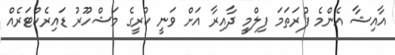
އާއިޝާ އެންމެ ފުރަތަމަ ފިލްމީ ދާއިރާ އަށް ވަނީ ކުރީގެ މަޝްހޫރު ޑައިރެކްޓަރެއް